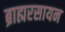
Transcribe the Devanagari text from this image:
ब्राह्मरसायन